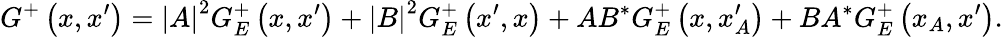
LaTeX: G^{+}\left(x,x^{\prime}\right)=\left|A\right|^{2}G_{E}^{+}\left(x,x^{\prime}\right)+\left|B\right|^{2}G_{E}^{+}\left(x^{\prime},x\right)+AB^{\ast}G_{E}^{+}\left(x,x_{A}^{\prime}\right)+BA^{\ast}G_{E}^{+}\left(x_{A},x^{\prime}\right).